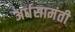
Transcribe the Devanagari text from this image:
अर्धसामंती